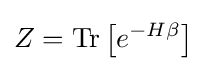
Z=\operatorname {Tr} \left[e^{-H\beta }\right]